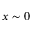
x \sim 0